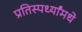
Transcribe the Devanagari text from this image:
प्रतिस्पर्ध्यांमधे